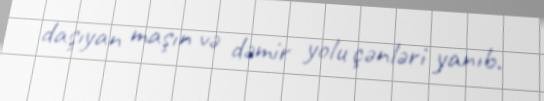
daşıyan maşın və dəmir yolu çənləri yanıb.